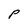
Character: P